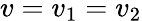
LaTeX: v=v_{1}=v_{2}